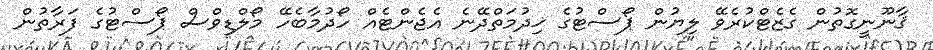
ޤާނޫނީގޮތުން ގެޒެޓްކުރެވޭ ލިޔުން ޕޯސްޓުގެ ޚިދުމަތްދޭނެ އެޖެންޓެއް ހޯދުމާބެހޭ މޯލްޑިވްސް ޕޯސްޓުގެ ފަރާތުން